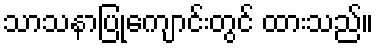
သာသနာပြုကျောင်းတွင် ထားသည်။